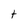
Character: t